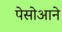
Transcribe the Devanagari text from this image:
पेसोआने